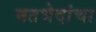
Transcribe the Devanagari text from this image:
मतभेदांचा